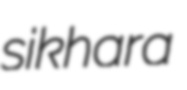
sikhara